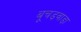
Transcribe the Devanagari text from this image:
बूचड़वाड़ा